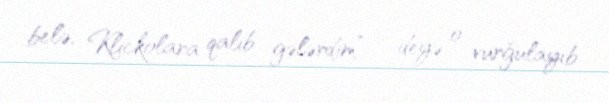
belə, Klickolara qalib gələrdim” – deyə o vurğulayıb.